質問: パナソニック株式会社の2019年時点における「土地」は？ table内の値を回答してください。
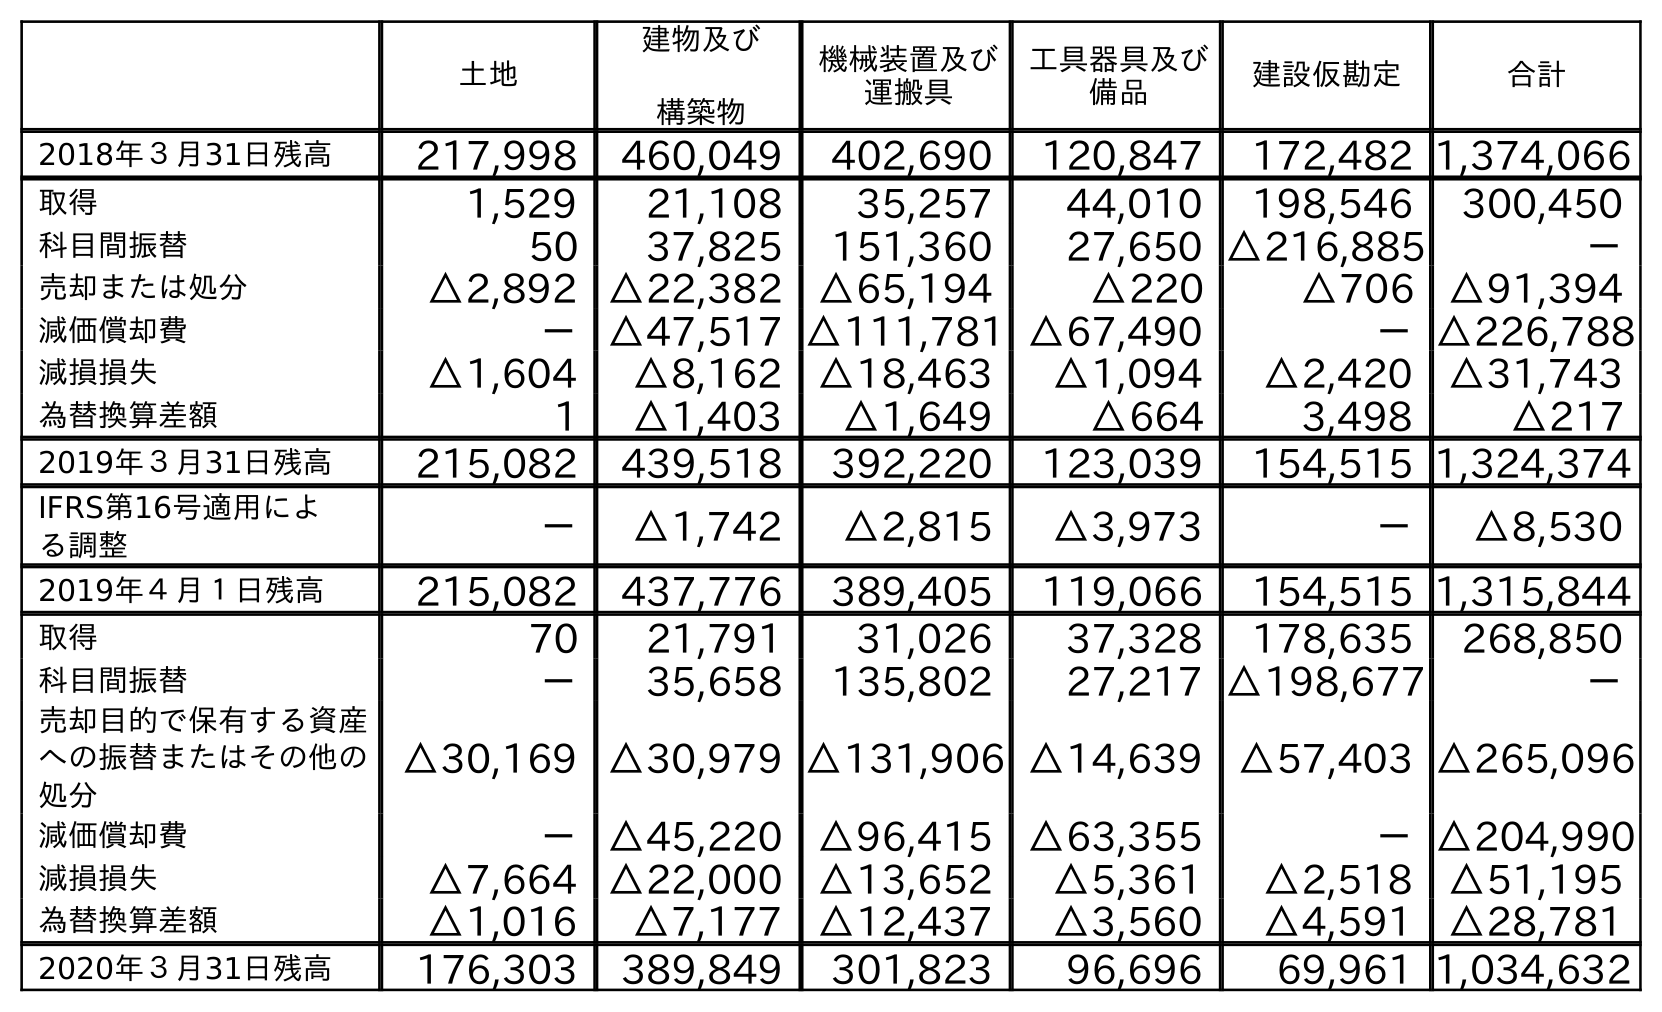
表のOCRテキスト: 土地 建物及び 構築物 機械装置及び 運搬具 工具器具及び 備品 建設仮勘定 合計 2018年３月31日残高 217,998 460,049 402,690 120,847 172,482 1,374,066 取得 1,529 21,108 35,257 44,010 198,546 300,450 科目間振替 50 37,825 151,360 27,650 △216,885 － 売却または処分 △2,892 △22,382 △65,194 △220 △706 △91,394 減価償却費 －△47,517 △111,781 △67,490 －△226,788 減損損失 △1,604 △8,162 △18,463 △1,094 △2,420 △31,743 為替換算差額 1 △1,403 △1,649 △664 3,498 △217 2019年３月31日残高 215,082 439,518 392,220 123,039 154,515 1,324,374 IFRS第16号適用によ る調整 － △1,742 △2,815 △3,973 － △8,530 2019年４月１日残高 215,082 437,776 389,405 119,066 154,515 1,315,844 取得 70 21,791 31,026 37,328 178,635 268,850 科目間振替 － 35,658 135,802 27,217 △198,677 － 売却目的で保有する資産 への振替またはその他の 処分 △30,169 △30,979 △131,906 △14,639 △57,403 △265,096 減価償却費 －△45,220 △96,415 △63,355 －△204,990 減損損失 △7,664 △22,000 △13,652 △5,361 △2,518 △51,195 為替換算差額 △1,016 △7,177 △12,437 △3,560 △4,591 △28,781 2020年３月31日残高 176,303 389,849 301,823 96,696 69,961 1,034,632
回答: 215,082